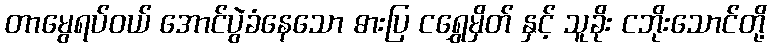
တာမွေရပ်ဝယ် အောင်ပွဲခံနေသော ဓားပြ ငရွှေမှိတ် နှင့် သူခိုး ငဘိုးသောင်တို့